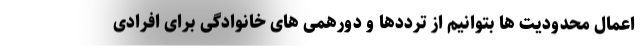
اعمال محدودیت ها بتوانیم از ترددها و دورهمی های خانوادگی برای افرادی